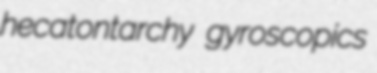
hecatontarchy gyroscopics